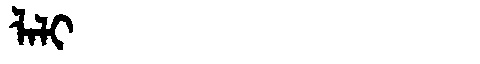
Manchu: ᠯᠠᠯᡳ
Romanization: LALI